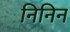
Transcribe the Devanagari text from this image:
निनिन